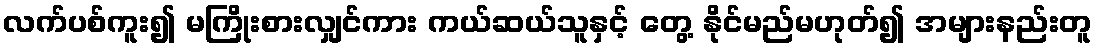
လက်ပစ်ကူး၍ မကြိုးစားလျှင်ကား ကယ်ဆယ်သူနှင့် တွေ့ နိုင်မည်မဟုတ်၍ အများနည်းတူ